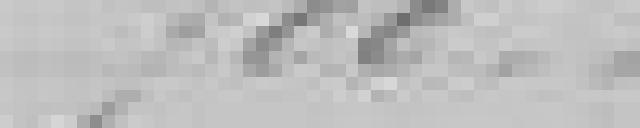
700